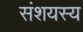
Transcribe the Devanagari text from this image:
संशयस्य